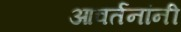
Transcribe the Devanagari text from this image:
आवर्तनांनी